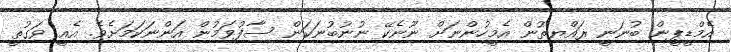
އެމްޑީޕީން ބުނަނީ ރައްޔިތުން އެމީހުންނަށް ނޫނެކޭ ނުނުބުނަކަން ސާފުވަމުން އަންނަކަމަށެވެ. އެއީ ވަގުތީ